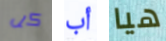
كل أب هيا